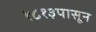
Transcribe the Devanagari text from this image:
१८१३पासून